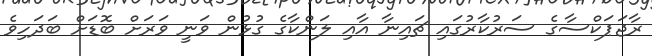
ރާޖަޕަކްސާގެ ސަރުކާރުގައި ޗައިނާ އާއި ލަންކާގެ ގުޅުން ވަނީ ވަރަށް ބޮޑަށް ބަދަހިވެ